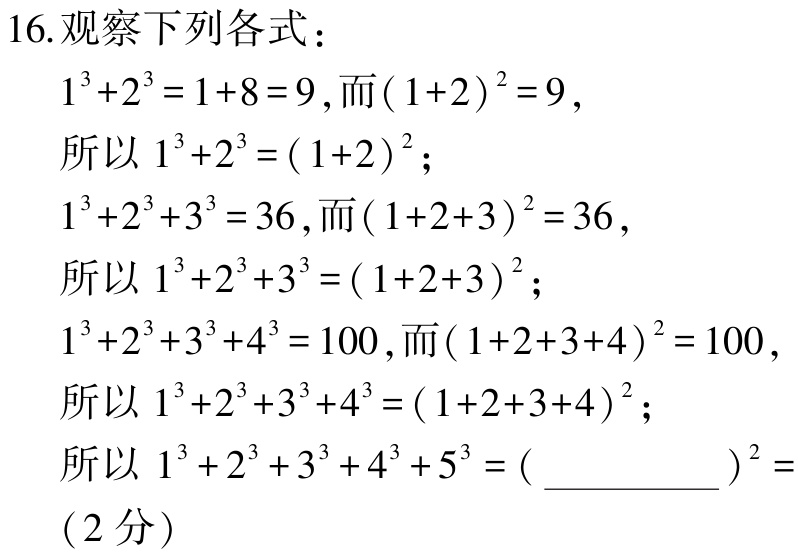
16.观察下列各式：

\(1^{3}+2^{3}=1 + 8 = 9\),而\((1 + 2)^{2}=9\),

所以\(1^{3}+2^{3}=(1 + 2)^{2}\);

\(1^{3}+2^{3}+3^{3}=36\),而\((1 + 2+3)^{2}=36\),

所以\(1^{3}+2^{3}+3^{3}=(1 + 2+3)^{2}\);

\(1^{3}+2^{3}+3^{3}+4^{3}=100\),而\((1 + 2+3+4)^{2}=100\),

所以\(1^{3}+2^{3}+3^{3}+4^{3}=(1 + 2+3+4)^{2}\);

所以\(1^{3}+2^{3}+3^{3}+4^{3}+5^{3}=(\underline{\qquad\qquad})^{2} =\) （2分）